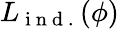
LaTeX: L_{\mathrm{~i~n~d~.~}}(\phi)